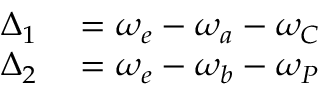
\begin{array} { r l } { \Delta _ { 1 } } & { { } = \omega _ { e } - \omega _ { a } - \omega _ { C } } \\ { \Delta _ { 2 } } & { { } = \omega _ { e } - \omega _ { b } - \omega _ { P } } \end{array}